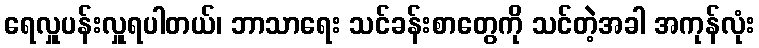
ရေလှူပန်းလှူရပါတယ်၊ ဘာသာရေး သင်ခန်းစာတွေကို သင်တဲ့အခါ အကုန်လုံး